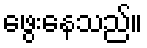
ဖွေးနေသည်။